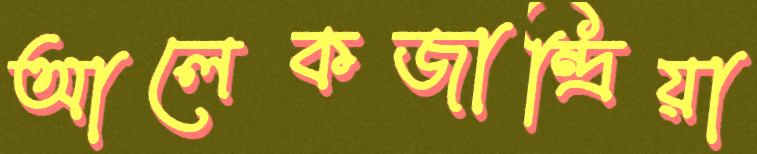
আলেকজান্দ্রিয়া